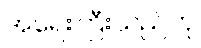
အရေးကြီးသည်ဟု